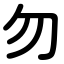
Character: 勿